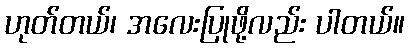
ဟုတ်တယ်၊ အလေးပြုဖို့လည်း ပါတယ်။